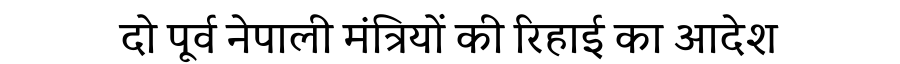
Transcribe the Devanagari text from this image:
दो पूर्व नेपाली मंत्रियों की रिहाई का आदेश